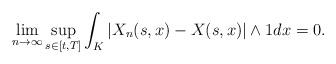
LaTeX: \begin{align*}\lim\limits_{n\to \infty}\sup_{s\in [t,T]}\int_K |X_n(s,x)-X(s,x)|\wedge 1dx=0.\end{align*}